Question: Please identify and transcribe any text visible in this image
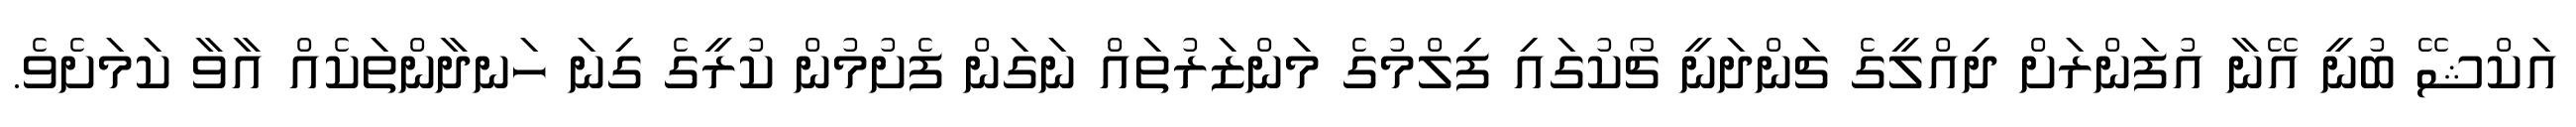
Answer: އަކްޝޭ ބުނީ އޭނާ އުފަންރަށް ދިއްލީގެ ޗަންދަނީ ޗޯކުގައި ފިލްމުގެ މަންޒަރުތައް ނަގަން ފެށުމުން ކުރީގެ ގިނަ ހަނދާންތަކެއް އާވާ ކަމަށެވެ.